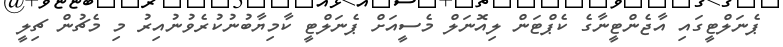
ޕެނަލްޓީގައި އާޖެންޓީނާގެ ކެޕްޓަން ލިއޮނަލް މެސީއަށް ޕެނަލްޓީ ކާމިޔާބުނުކުރެވުނުއިރު މި މެޗުން ޗިލީ